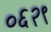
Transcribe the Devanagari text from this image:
०६२९